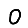
Digit: 0